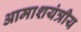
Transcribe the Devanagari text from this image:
आमाशयंत्रीय